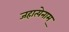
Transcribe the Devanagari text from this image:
जहात्येनाम्‌